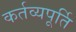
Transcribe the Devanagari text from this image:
कर्तव्यपूर्ति